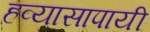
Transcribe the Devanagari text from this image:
हव्यासापायी